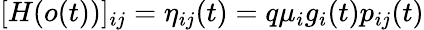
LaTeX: [H(o(t))]_{ij}=\eta_{ij}(t)=q\mu_{i}g_{i}(t)p_{ij}(t)